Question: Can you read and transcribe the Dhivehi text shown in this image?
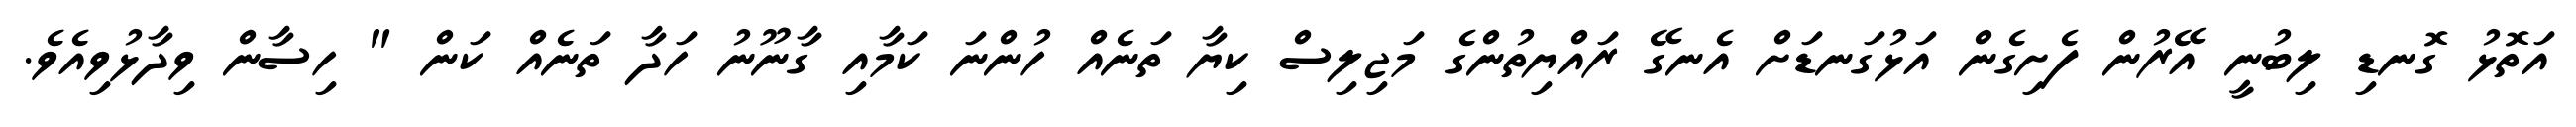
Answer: އަތޮޅު ގޮނޑި ލިބުނީ އޭރުން ފެށިގެން އަޅުގަނޑަށް އެނގޭ ރައްޔިތުންގެ މަޖިލިސް ކިޔާ ތަނެއް ހުންނަ ކަމާއި ގާނޫނު ހަދާ ތަނެއް ކަން " ހިސާން ވިދާޅުވިއެވެ.